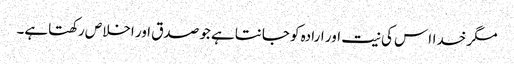
مگر خدااس کی نیت اور ارادہ کو جانتاہے جو صدق اور اخلاص رکھتاہے۔